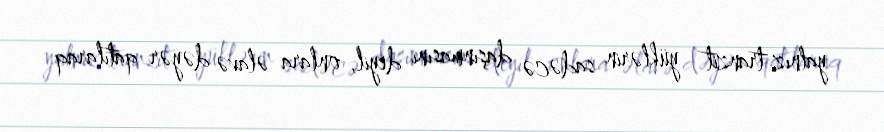
yalnız tranzit yüklərin sadəcə daşınmasını deyil, onlara əlavə dəyər qatılaraq